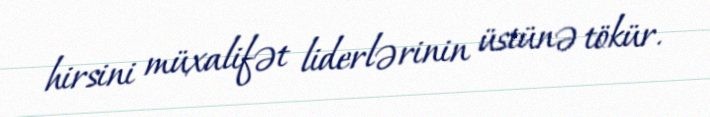
hirsini müxalifət liderlərinin üstünə tökür.